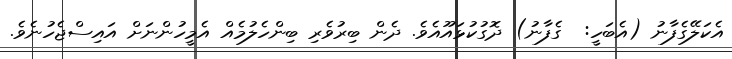
އެކަލޭގެފާނު (އެބަހީ:  ގެފާނު) ދޮގުކުޅައޫއެވެ. ދެން ބިރުވެރި ބިންހެލުމެއް އެމީހުންނަށް އައިސްޖެހުނެވެ.